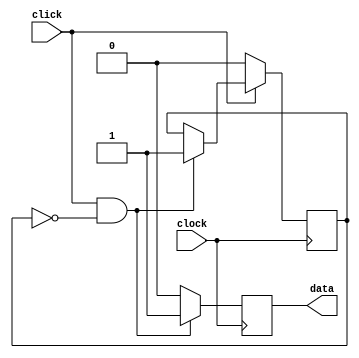
module clicklatch (click, clock, data );

input click;
input clock;

output data;

reg state;
reg data;

always @ (posedge clock)
begin
	if (click == 1'b1 && state == 1'b0 )
	begin
		state <= 1'b1;
		data <= 1'b1;
	end
	else
	begin
		if (data == 1'b1 )
		begin
			data <=0;
		end
	end //Does this have a clock cycle dead time? Don't think so...?
		if (click == 1'b0 )
		begin
	 		state <= 1'b0;
		end	
		
end
endmodule